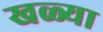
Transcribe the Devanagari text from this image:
खळ्या